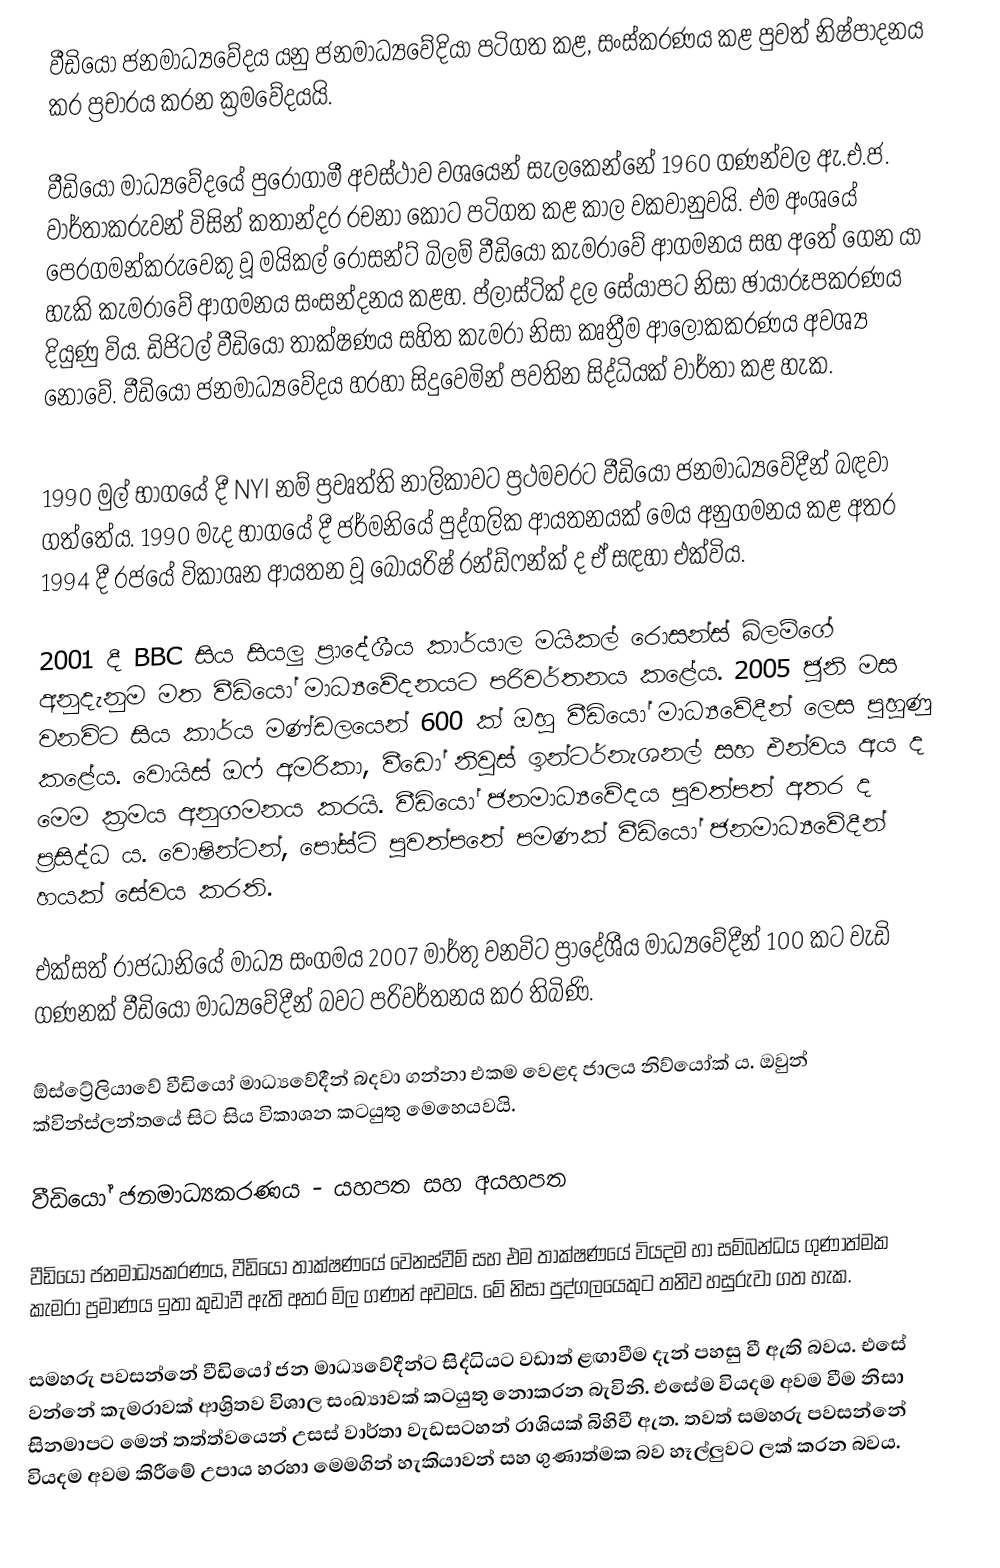
වීඩියෝ ජනමාධ්‍යවේදය යනු ජනමාධ්‍යවේදියා පටිගත කළ, සංස්කරණය කළ පුවත් නිෂ්පාදනය කර ප්‍රචාරය කරන ක්‍රමවේදයයි.

වීඩියෝ මාධ්‍යවේදයේ පුරෝගාමී අවස්ථාව වශයෙන් සැලකෙන්නේ 1960 ගණන්වල ඇ.එ.ජ. වාර්තාකරුවන් විසින් කතාන්දර රචනා කොට පටිගත කළ කාල වකවානුවයි. එම අංශයේ පෙරගමන්කරුවෙකු වූ මයිකල් රොසන්ට් බිලම් වීඩියෝ කැමරාවේ ආගමනය සහ අතේ ගෙන යා හැකි කැමරාවේ ආගමනය සංසන්දනය කළහ. ප්ලාස්ටික් දල සේයාපට නිසා ඡායාරූපකරණය දියුණු විය. ඩිජිටල් වීඩියෝ තාක්ෂණය සහිත කැමරා නිසා කෘත්‍රීම ආලෝකකරණය අවශ්‍ය නොවේ. වීඩියෝ ජනමාධ්‍යවේදය හරහා සිදුවෙමින් පවතින සිද්ධියක් වාර්තා කළ හැක.

1990 මුල් භාගයේ දී NYI නම් ප්‍රවෘත්ති නාලිකාවට ප්‍රථමවරට වීඩියෝ ජනමාධ්‍යවේදීන් බඳවා ගත්තේය. 1990 මැද භාගයේ දී ජර්මනියේ පුද්ගලික ආයතනයක් මෙය අනුගමනය කළ අතර 1994 දී රජයේ විකාශන ආයතන වූ බෝයරිෂ් රන්ඩ්ෆන්ක් ද ඒ සඳහා එක්විය.

2001 දී BBC සිය සියලු ප්‍රාදේශීය කාර්යාල මයිකල් රොසන්ස් බ්ලම්ගේ අනුදැනුම මත වීඩියෝ මාධ්‍යවේදනයට පරිවර්තනය කළේය. 2005 ජූනි මස වනවිට සිය කාර්ය මණ්ඩලයෙන් 600 ක් ඔහු වීඩියෝ මාධ්‍යවේදීන් ලෙස පුහුණු කළේය. වොයිස් ඔෆ් අමරිකා, වීඩෝ නිවුස් ඉන්ටර්නැශනල් සහ එන්වය අය ද මෙම ක්‍රමය අනුගමනය කරයි. වීඩියෝ ජනමාධ්‍යවේදය පුවත්පත් අතර ද ප්‍රසිද්ධ ය. වොෂින්ටන්, පෝස්ට් පුවත්පතේ පමණක් වීඩියෝ ජනමාධ්‍යවේදීන් හයක් සේවය කරති.

එක්සත් රාජධානියේ මාධ්‍ය සංගමය 2007 මාර්තු වනවිට ප්‍රාදේශීය මාධ්‍යවේදීන් 100 කට වැඩි ගණනක් වීඩියෝ මාධ්‍යවේදීන් බවට පරිවර්තනය කර තිබිණි.

ඕස්ට්‍රේලියාවේ වීඩියෝ මාධ්‍යවේදීන් බදවා ගන්නා එකම වෙළද ජාලය නිව්යෝක් ය. ඔවුන් ක්වින්ස්ලන්තයේ සිට සිය විකාශන කටයුතු මෙහෙයවයි.

වීඩියෝ ජනමාධ්‍යකරණය - යහපත සහ අයහපත

වීඩියෝ ජනමාධ්‍යකරණය, වීඩියෝ තාක්ෂණයේ වෙනස්වීම් සහ එම තාක්ෂණයේ වියදම හා සම්බන්ධය ගුණාත්මක කැමරා ප්‍රමාණය ඉතා කුඩාවී ඇති අතර මිල ගණන් අවමය. මේ නිසා පුද්ගලයෙකුට තනිව හසුරුවා ගත හැක.

සමහරු පවසන්නේ වීඩියෝ ජන මාධ්‍යවේදීන්ට සිද්ධියට වඩාත් ළඟාවීම දැන් පහසු වී ඇති බවය. එසේ වන්නේ කැමරාවක් ආශ්‍රිතව විශාල සංඛ්‍යාවක් කටයුතු නොකරන බැවිනි. එසේම වියදම අවම වීම නිසා සිනමාපට මෙන් තත්ත්වයෙන්  උසස් වාර්තා වැඩසටහන් රාශියක් බිහිවී ඇත. තවත් සමහරු පවසන්නේ වියදම අවම කිරීමේ උපාය හරහා මෙමගින් හැකියාවන් සහ ගුණාත්මක බව හෑල්ලුවට ලක් කරන බවය.